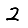
Digit: 2